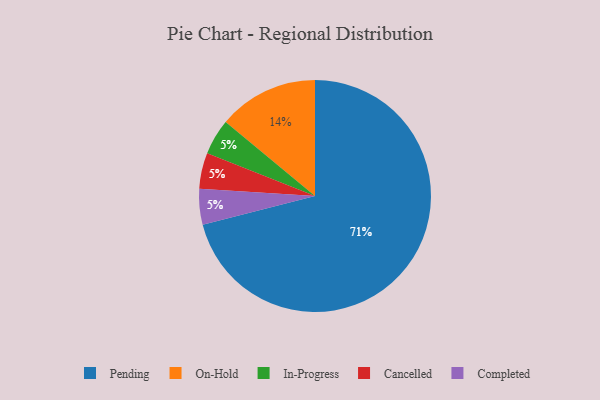
{"axis": {"x": "Category", "y": "Percentage"}, "legend": ["Cancelled", "Completed", "In-Progress", "On-Hold", "Pending"], "data": [{"x": "In-Progress", "y": 5, "type": "In-Progress"}, {"x": "Pending", "y": 71, "type": "Pending"}, {"x": "Cancelled", "y": 5, "type": "Cancelled"}, {"x": "On-Hold", "y": 14, "type": "On-Hold"}, {"x": "Completed", "y": 5, "type": "Completed"}]}